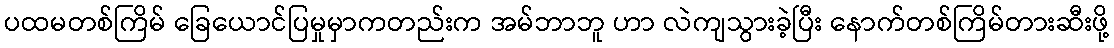
ပထမတစ်ကြိမ် ခြေယောင်ပြမှုမှာကတည်းက အမ်ဘာဘူ ဟာ လဲကျသွားခဲ့ပြီး နောက်တစ်ကြိမ်တားဆီးဖို့